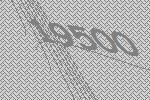
19500